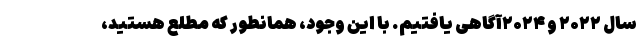
سال ۲۰۲۲ و ۲۰۲۴آگاهی یافتیم. با این وجود، همانطور که مطلع هستید،